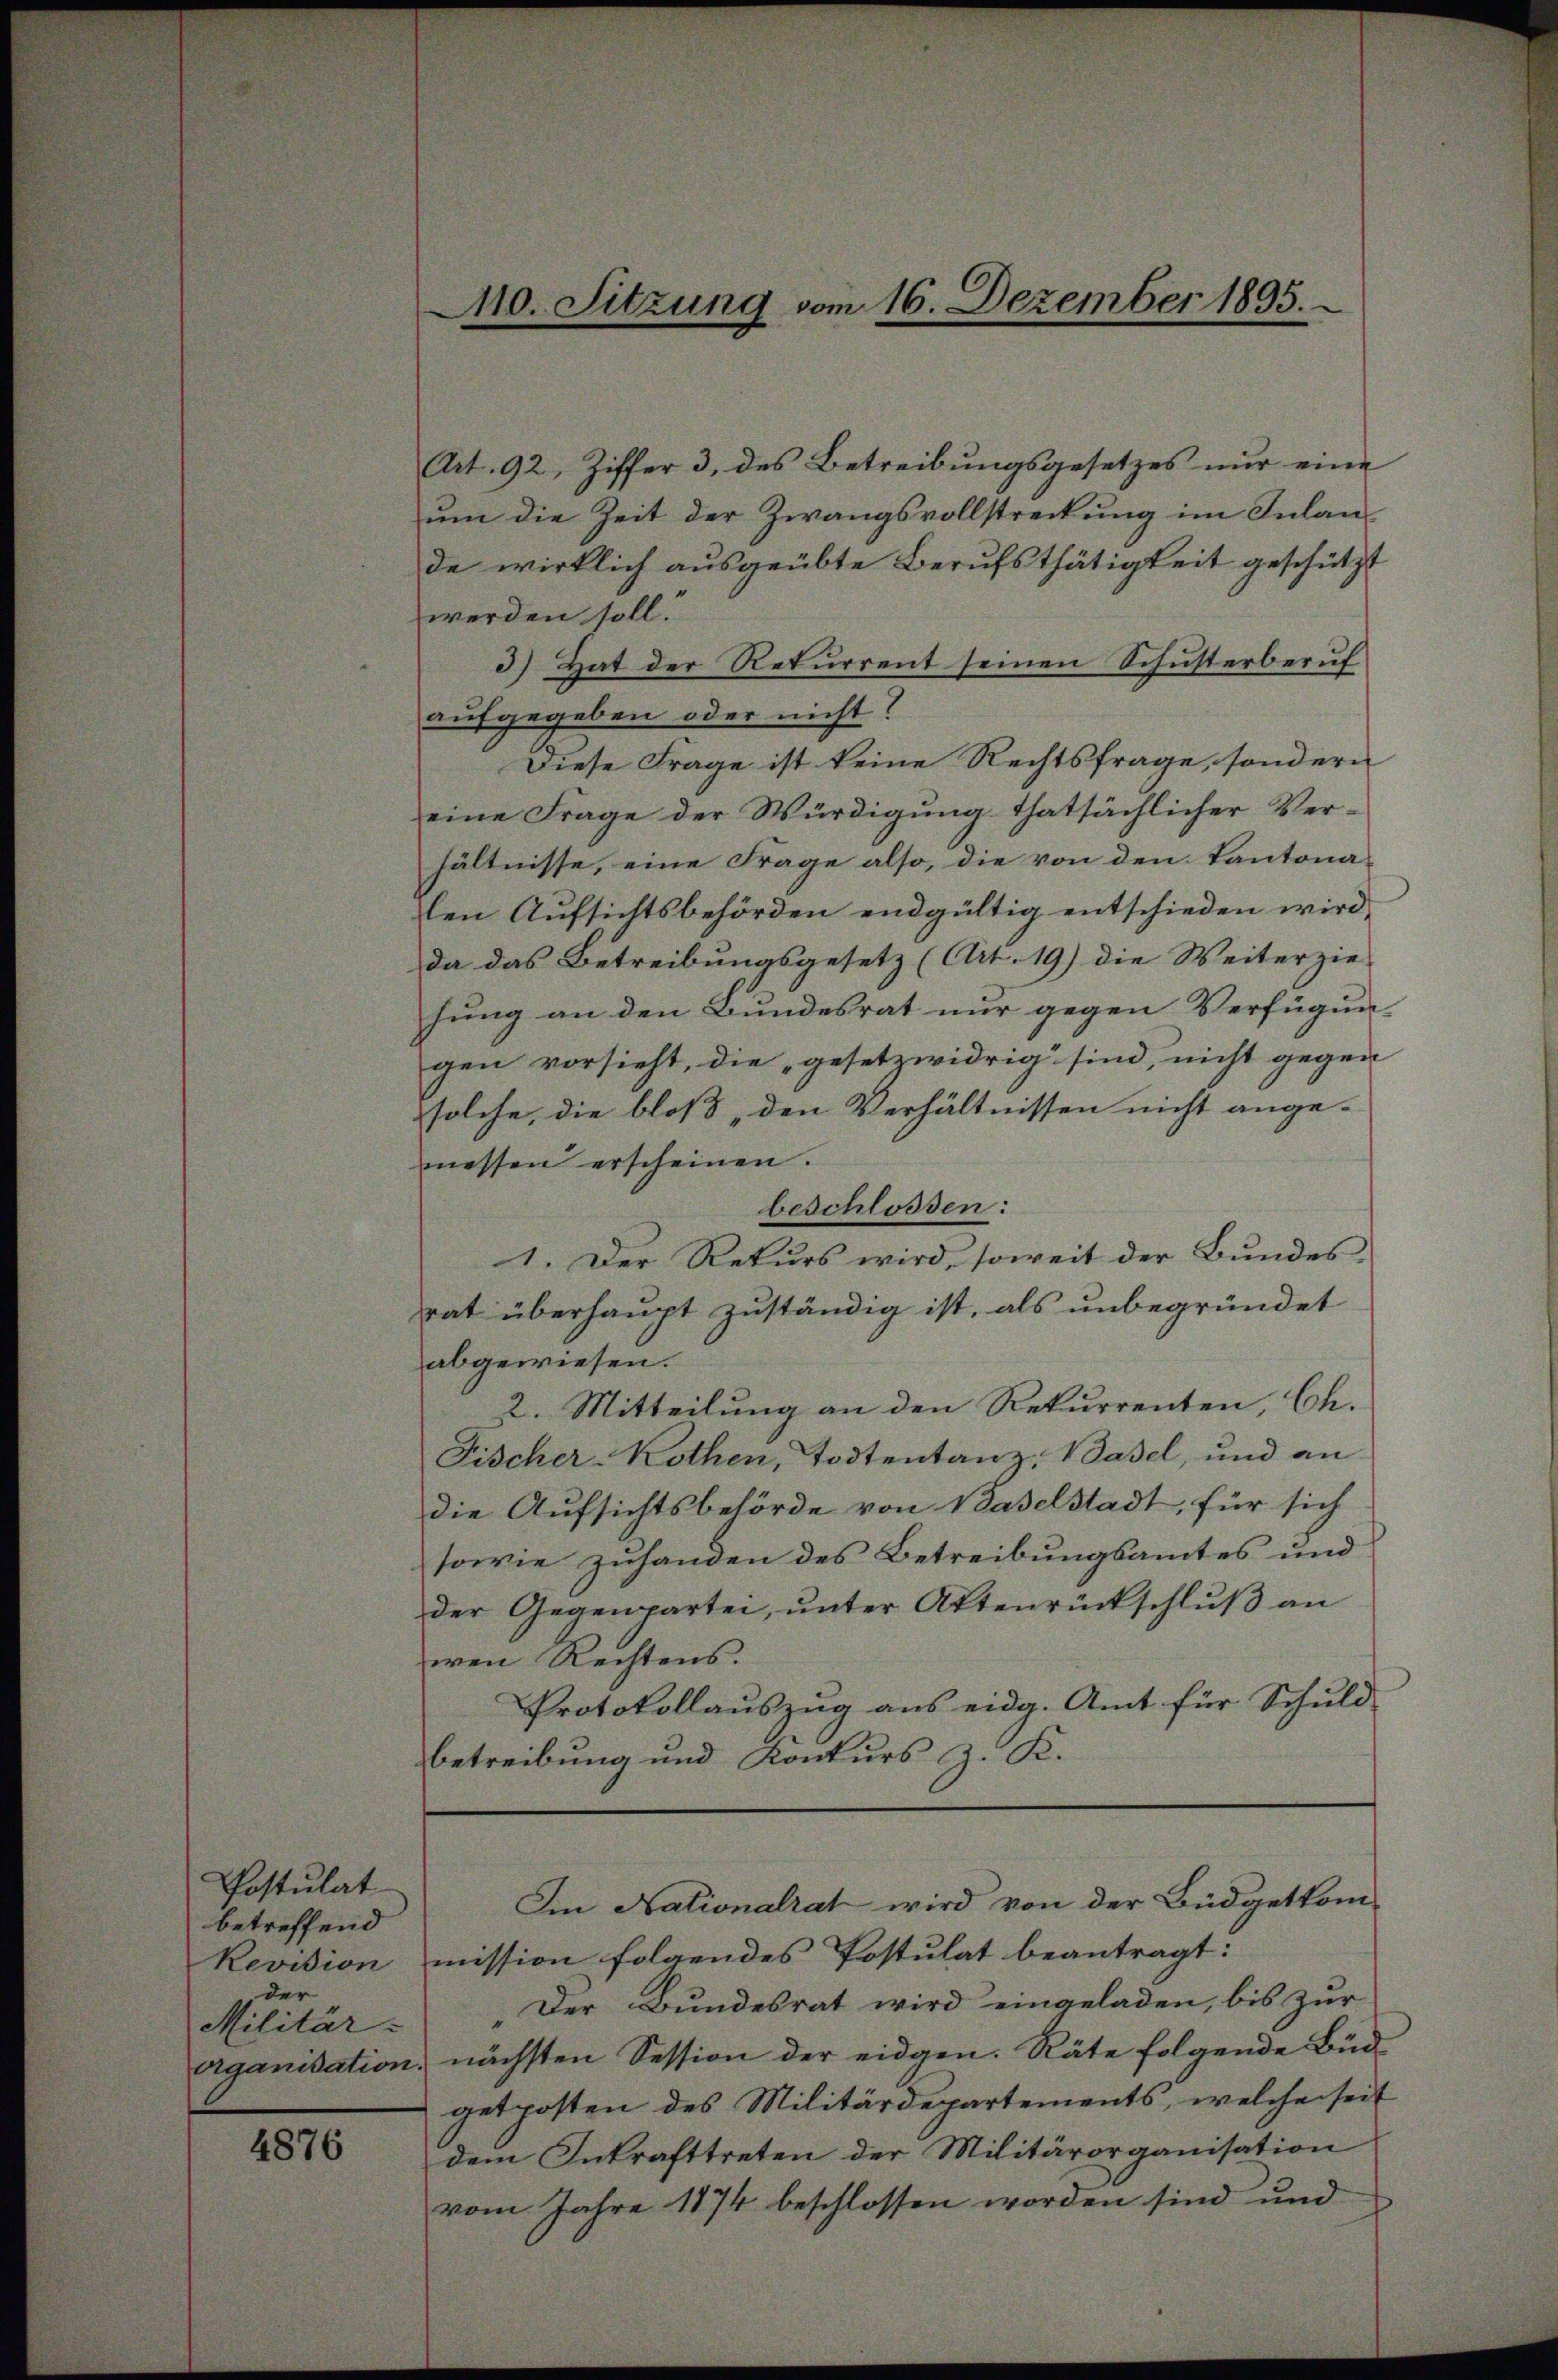
Postulat
betreffend
Revision
der
Militär-
erganisation.

4876

Art. 92, Ziffer 3. des Betreibungsgesetzes nur eine
ŭm die Zeit der Zwangsvollstreckung im Inlan
de wirklich ausgeübte Berufsthätigkeit geschützt
werden soll.
3) Hat der Returrent seinen Schusterberuf
aufgegeben oder nicht?
Diese Frage ist keine Rechtsfrage, sondern
eine Frage der Würdigung thatsächlicher Verhältnisse, eine Frage also, die von den Kantonalen Aufsichtsbehörden endgültig entschieden wird,
da das Betreibungsgesetz (Art. 19) die Weiterzie-
hung an den Bundesrat nur gegen Verfügun-
gen vorsieht, die „gesetzwidrig sind, nicht gegen
solche, die bloß, den Verhältnissen nicht ange-
messen erscheinen.
beschlossen:
1. Der Rekurs wird, soweit der Bundes-
rat überhaupt zuständig ist, als unbegründet
abgewiesen.
2. Mitteilung an den Rekurrenten, Ch.
Fischer-Kothen, Todtentanz, Basel, und an
die Aufsichtsbehörde von Vaselstadt, für sich
sowie zuhanden des Betreibungsamtes und
der Gegenpartei, unter Attenrückschluß an
wen Rechtens.
Protokollauszug aus eidg. Amt für Schuld-
betreibung und Konkurs z. K.

Mo. Sitzung vom 16. Dezember 1895.

Iin Nationalrat wird von der Büdgetkom-

mission folgendes Postulat beantragt:
Der Bundesrat wird eingeladen, bis zur
nächsten Session der eidgen. Räte folgende Büd
getposten des Militärdepartements, welche seit
dem Inkrafttreten der Militärorganisation
vom Jahre 1874 beschlossen worden sind und